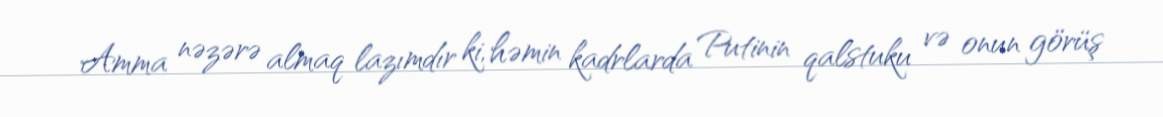
Amma nəzərə almaq lazımdır ki, həmin kadrlarda Putinin qalstuku və onun görüş